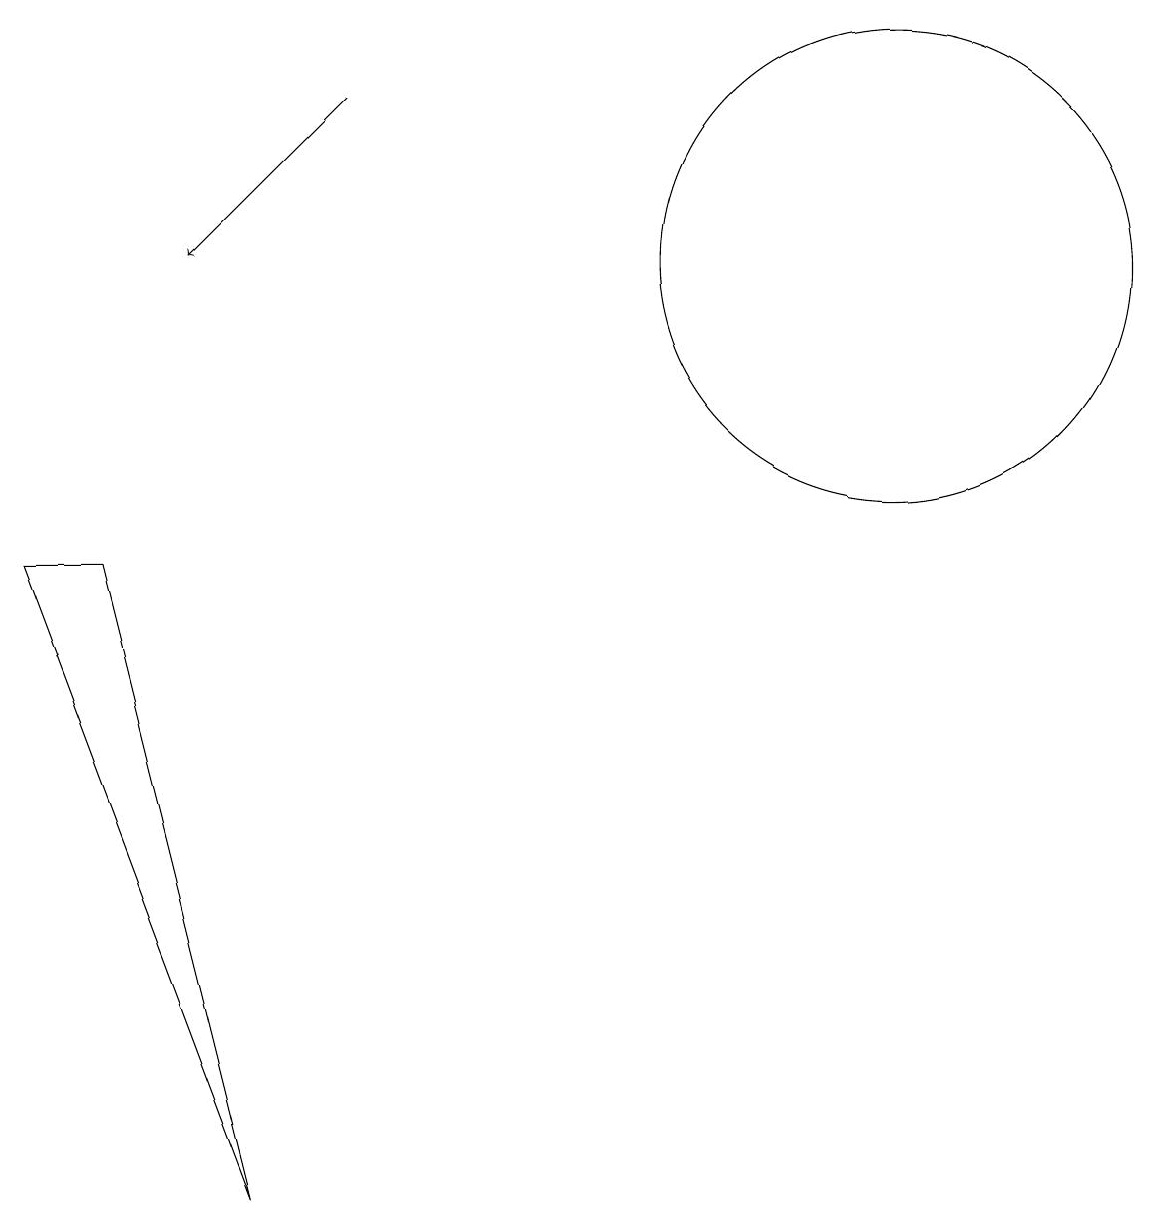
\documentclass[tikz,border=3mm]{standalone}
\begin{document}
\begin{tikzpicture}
\draw (2,8) -- (1,8) -- (4,0) -- cycle;
\draw (12,12) circle (3);
\draw[->] (5,14) -- (3,12);
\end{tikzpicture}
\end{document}